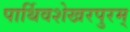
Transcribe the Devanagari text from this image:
पार्थिवशेखरपुरम्